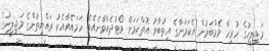
މަޖިލީހުގެ ހުރިހާ މެމްބަރުން އެކަމަނާގެ އިތުބާރު އޮތްކަމަށް ވޯޓުދެއްވާނެއެވެ. ހަމައެއާއެކު ރައްޔިތުންގެ މަޖިލީހުގެ